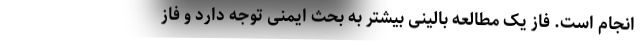
انجام است. فاز یک مطالعه بالینی بیشتر به بحث ایمنی توجه دارد و فاز